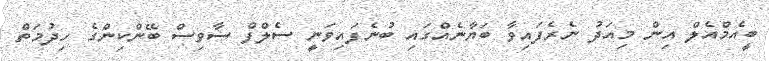
ބީއެމްއެލް އިން މިއަދު ނެރެފައިވާ ބަޔާނެއްގައި ބުނެފައިވަނީ ސެލްފް ސާވިސް ބޭންކިންގެ ހިދުމަތް